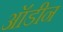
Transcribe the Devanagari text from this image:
ऑडीन